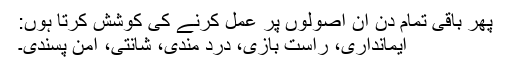
پھر باقی تمام دن ان اصولوں پر عمل کرنے کی کوشش کرتا ہوں:
ایمانداری، راست بازی، درد مندی، شانتی، امن پسندی۔